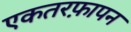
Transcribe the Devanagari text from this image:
एकतरफ़ापन